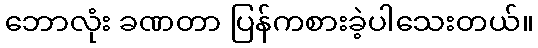
ဘောလုံး ခဏတာ ပြန်ကစားခဲ့ပါသေးတယ်။